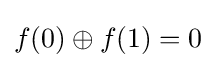
f(0)\oplus f(1)=0